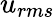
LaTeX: u_{rms}